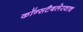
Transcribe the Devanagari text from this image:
कॉन्सटैबलेरवाच